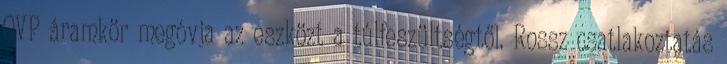
OVP áramkör megóvja az eszközt a túlfeszültségtől. Rossz csatlakoztatás